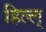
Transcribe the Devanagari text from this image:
हिल्ल्